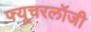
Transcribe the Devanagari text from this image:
फ्यूचरलॉजी